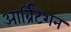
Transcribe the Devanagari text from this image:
आर्ब्रिटेशन